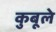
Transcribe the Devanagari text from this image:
कुबूले